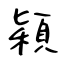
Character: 穎